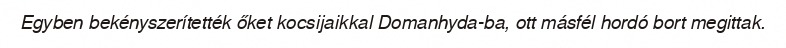
Egyben bekényszerítették őket kocsijaikkal Domanhyda-ba, ott másfél hordó bort megittak.